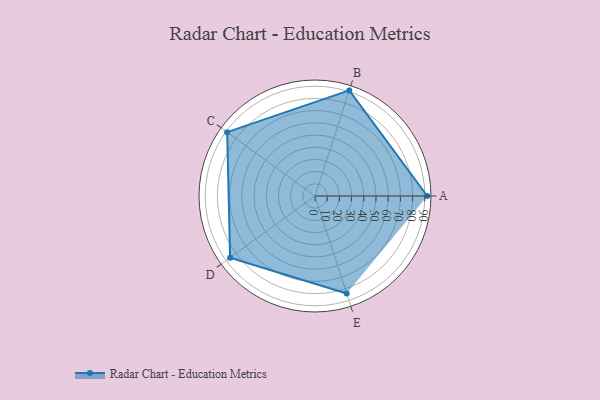
{"axis": {"x": "Skill", "y": "Score"}, "legend": ["Profile"], "data": [{"x": "A", "y": 92.0, "type": "Profile"}, {"x": "B", "y": 91.0, "type": "Profile"}, {"x": "C", "y": 89.0, "type": "Profile"}, {"x": "D", "y": 86.0, "type": "Profile"}, {"x": "E", "y": 84.0, "type": "Profile"}]}